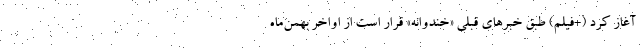
آغاز کرد (+فیلم) طبق خبرهای قبلی «خندوانه» قرار است از اواخر بهمن‌ماه